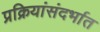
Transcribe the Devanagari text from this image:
प्रक्रियांसंदर्भात